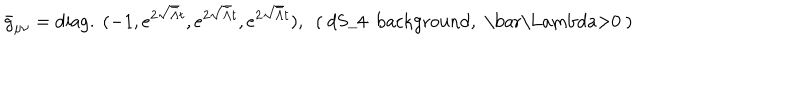
\bar { g } _ { \mu \nu } = \mathrm { d i a g . \ } ( - 1 , e ^ { 2 \sqrt { \bar { \Lambda } } t } , e ^ { 2 \sqrt { \bar { \Lambda } } t } , e ^ { 2 \sqrt { \bar { \Lambda } } t } ) , \ \ \mathrm { ( ~ d S _ { 4 } ~ b a c k g r o u n d , ~ \bar { \Lambda } > 0 ~ ) }